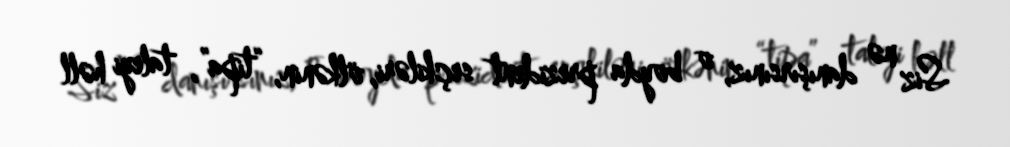
Siz nə danışırsınız, o boyda prezident seçkiləri, ölkənin, “tipa”, taleyi həll